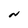
Character: N